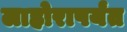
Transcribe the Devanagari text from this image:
लाहोरापर्यंत